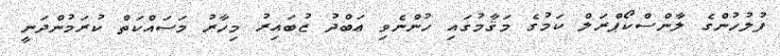
ފުލުހުންގެ ލާންސްކޯޕްރަލް ކަމުގެ މަޤާމުގައި ހުންނެވި ޢަބްދު ޒުބައިރު މިހާރު މަސައްކަތް ކުރަމުންދަނީ